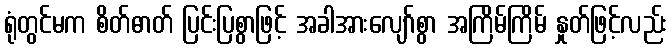
ရုံတွင်မက စိတ်ဓာတ် ပြင်းပြစွာဖြင့် အခါအားလျော်စွာ အကြိမ်ကြိမ် နှုတ်ဖြင့်လည်း